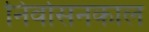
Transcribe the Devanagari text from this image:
निर्वासनकाल